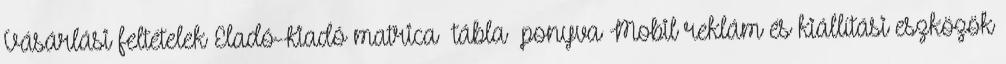
Vásárlási feltételek Eladó-Kiadó matrica tábla ponyva Mobil reklám és kiállítási eszközök